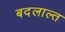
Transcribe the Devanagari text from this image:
बदलाल्त